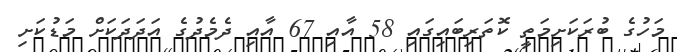
މަހުގެ ބުރަކަށިމަތީ ކޮތަރިބައިގައި 58 އާއި 67 އާއި ދެމެދުގެ އަދަދަކަށް މަޑުކަށި